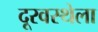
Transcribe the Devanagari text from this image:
दूरवस्थेला